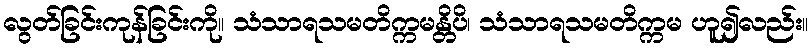
လွတ်ခြင်းကုန်ခြင်းကို။ သံသာရသမတိက္ကမန္တိပိ၊ သံသာရသမတိက္ကမ ဟူ၍လည်း။